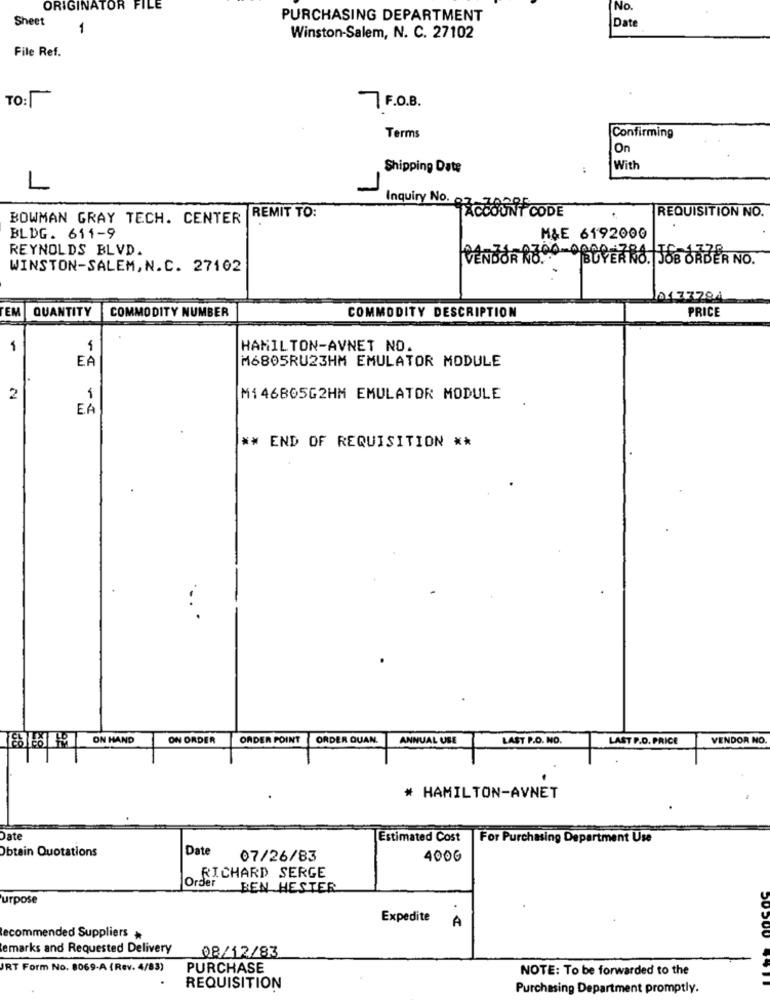
ORIGINATOR FILE
No.
Sheet
PURCHASING DEPARTMENT
Date
1
Winston-Salem, N. C. 27102
File Ref.
TO:
7 F.O.B.
Terms
Confirming
On
Shipping Date
With
L
-
REQUISITION NO.
BOWMAN GRAY TECH. CENTER
REMIT TO:
Inquiry No. C COUNT CODE
BLDG. 611-9
M&E 6192000
REYNOLDS BLVD.
VENDOR R .....?
BUYERNO. JOB ORDER NO.
WINSTON-SALEM, N.C. 27162
177794
COMMODITY DESCRIPTION
EM QUANTITY
COMMODITY NUMBER
PRICE
1
-
HAMILTON-AVNET NO.
EA
M6805RU23HM EMULATOR MODULE
2
M1 46865G2HM EMULATOR MODULE
EA
** END OF REQUISITION **
ON HAND
ON ORDER
ORDER POINT
ORDER QUAN.
ANNUAL USE
LAST P.O. NO.
LAST P.D. PRICE
VENDOR NO.
# HAMILTON-AVNET
Date
Estimated Cost
For Purchasing Department Use
Obtain Quotations
Date
07/26/83
400G
Order
RICHARD SERGE
BEN HESTER
urpose
Expedite
A
Recommended Suppliers
emarks and Requested Delivery
08/12/83
RT Form No. 8069-A (Rev. 4/83)
PURCHASE
NOTE: To be forwarded to the
50500 991
REQUISITION
Purchasing Department promptly.